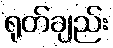
ရုတ်ချည်း